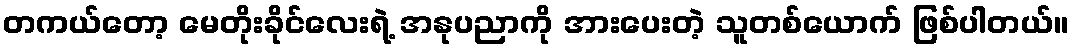
တကယ်တော့ မေတိုးခိုင်လေးရဲ့ အနုပညာကို အားပေးတဲ့ သူတစ်ယောက် ဖြစ်ပါတယ်။